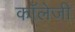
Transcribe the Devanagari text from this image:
कॉलेजी